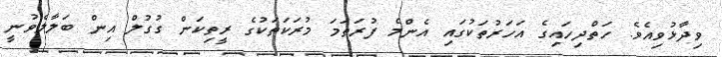
ވިދާޅުވިއެވެ. ހަތްދިހައިގެ އަހަރުތަކުގައި އެންމެ ފުރަތަމަ މުރަކަތަކުގެ ރީތިކަން ގުގުލް އިން ބަލާލެވުނީ